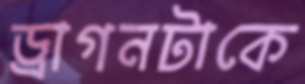
ড্রাগনটাকে